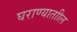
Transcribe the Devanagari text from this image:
घराण्याताील